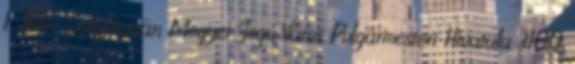
1. TEVK Salgótarján Megyei Jogú Város Polgármesteri Hivatala 3100